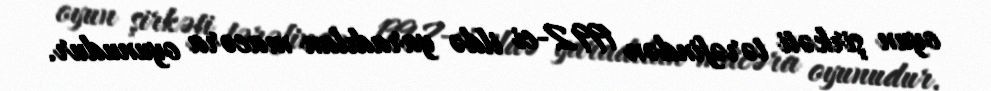
oyun şirkəti tərəfindən 1992-ci ildə yaradılan macəra oyunudur.